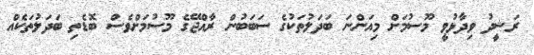
ރަޝީދު ވިދާޅުވީ މޫސުމަށް މިއަންނަ ބަދަލުތަކުގެ ސަބަބުން ރާއްޖޭގެ މޫސުމަށްވެސް ބޮޑެތި ބަދަލުތަކެއް